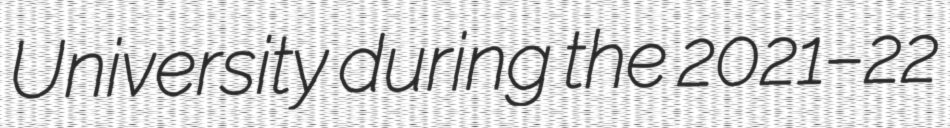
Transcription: University during the 2021–22